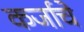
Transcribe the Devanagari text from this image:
कर्जाचे